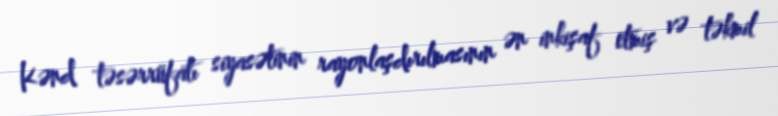
Kənd təsərrüfatı siyasətinin rayonlaşdırılmasının ən inkişaf etmiş və təkmil